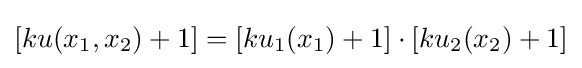
[ku(x_{1},x_{2})+1]=[ku_{1}(x_{1})+1]\cdot [ku_{2}(x_{2})+1]